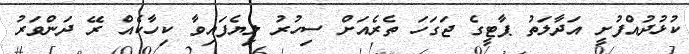
ކުޅުދުއްފުށީ އަދާލަތު ޕާޓީގެ ޖަގަހަ ތެރެއަށް ސިހުރު ލިޔެފައިވާ ކިހާކެއް ރޭ ދަންވަރު